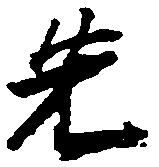
先